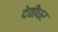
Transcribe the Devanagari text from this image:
देवीधर